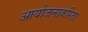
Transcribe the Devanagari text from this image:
आयोजनाकरिता